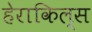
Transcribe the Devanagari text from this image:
हेराकिल्स